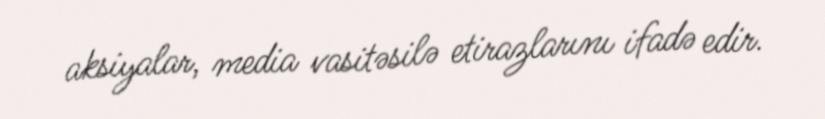
aksiyalar, media vasitəsilə etirazlarını ifadə edir.